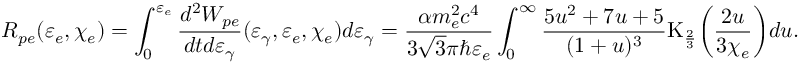
R _ { p e } ( \varepsilon _ { e } , \chi _ { e } ) = \int _ { 0 } ^ { \varepsilon _ { e } } { \frac { d ^ { 2 } W _ { p e } } { d t d \varepsilon _ { \gamma } } ( \varepsilon _ { \gamma } , \varepsilon _ { e } , \chi _ { e } ) d \varepsilon _ { \gamma } } = \frac { \alpha m _ { e } ^ { 2 } c ^ { 4 } } { 3 \sqrt { 3 } \pi \hbar \varepsilon _ { e } } \int _ { 0 } ^ { \infty } { \frac { 5 u ^ { 2 } + 7 u + 5 } { ( 1 + u ) ^ { 3 } } \mathrm { K } _ { \frac { 2 } { 3 } } \biggl ( \frac { 2 u } { 3 \chi _ { e } } \biggr ) d u } .